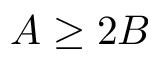
A \geq 2 B